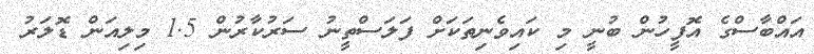
އައްބާސްގެ އޮފީހުން ބުނީ މި ކައިވެނިތަކަށް ފަލަސްތީނު ސަރުކާރުން 1.5 މިލިއަން ޑޮލަރު